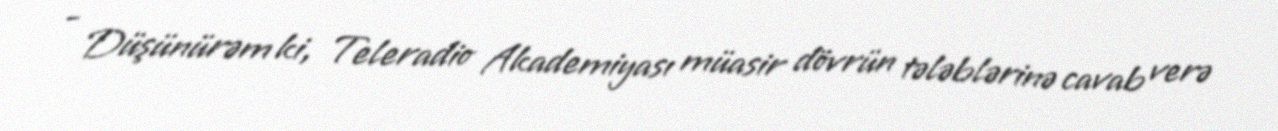
- Düşünürəm ki, Teleradio Akademiyası müasir dövrün tələblərinə cavab verə